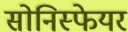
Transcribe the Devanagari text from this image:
सोनिस्फेयर